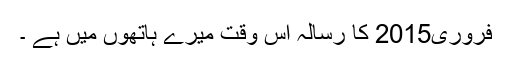
فروری2015 کا رسالہ اس وقت میرے ہاتھوں میں ہے ۔